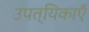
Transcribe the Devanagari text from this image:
उपत्यिकाएँ